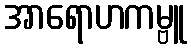
အာရောဟကမ္ဗူ